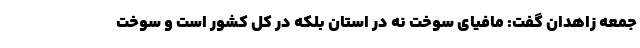
جمعه زاهدان گفت: مافیای سوخت نه در استان بلکه در کل کشور است و سوخت